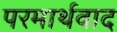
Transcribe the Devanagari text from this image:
परमार्थवाद